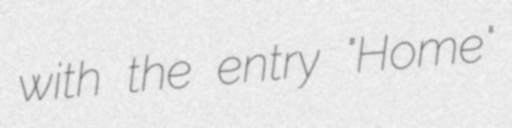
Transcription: with the entry "Home"